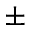
\pm